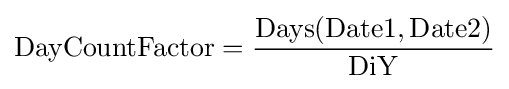
\mathrm {DayCountFactor} ={\frac {\mathrm {Days} (\mathrm {Date1} ,\mathrm {Date2} )}{\mathrm {DiY} }}